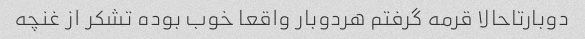
دوبارتاحالا قرمه گرفتم هردوبار واقعا خوب بوده تشکر از غنچه